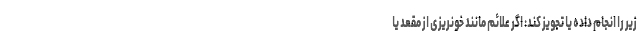
زیر را انجام داده یا تجویز کند: اگر علائم مانند خونریزی از مقعد یا